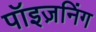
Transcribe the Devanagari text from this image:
पॉइज़निंग